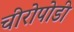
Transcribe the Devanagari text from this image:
चीरोपोडी